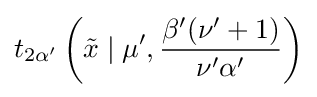
t_{2\alpha '}\left({\tilde {x}}\mid \mu ',{\frac {\beta '(\nu '+1)}{\nu '\alpha '}}\right)